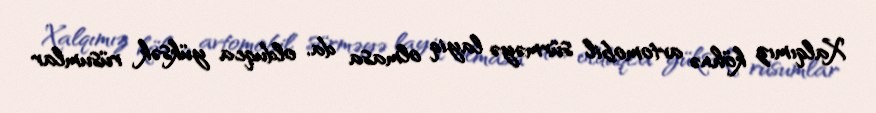
Xalqımız köhnə avtomobil sürməyə layiq olmasa da, olduqca yüksək rüsumlar